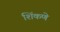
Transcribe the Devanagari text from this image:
शिंकणे